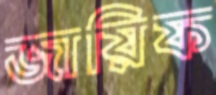
জায়িফ